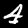
Label: 4